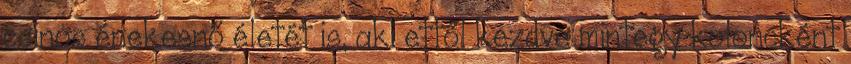
csinos énekesnő életét is, aki ettől kezdve mintegy koloncként